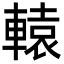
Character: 轅